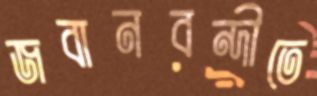
জবানবন্দীতে